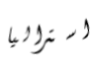
استراليا